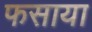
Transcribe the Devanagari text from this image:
फसाया